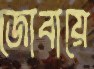
জোবায়ে